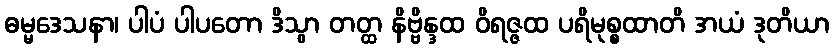
ဓမ္မဒေသနာ၊ ပါပံ ပါပတော ဒိသွာ တတ္ထ နိဗ္ဗိန္ဒထ ဝိရဇ္ဇထ ပရိမုစ္စထာတိ အယံ ဒုတိယာ